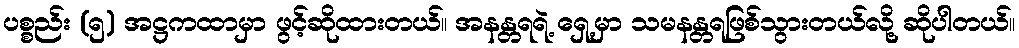
ပစ္စည်း (၅) အဋ္ဌကထာမှာ ဖွင့်ဆိုထားတယ်။ အနန္တရရဲ့ ရှေ့မှာ သမနန္တရဖြစ်သွားတယ်လို့ ဆိုပါတယ်။